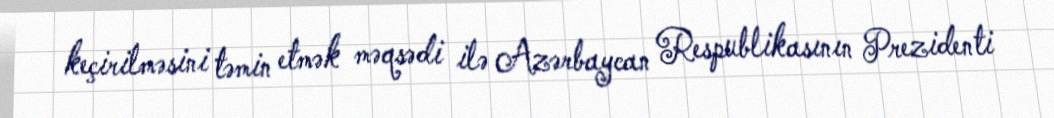
keçirilməsini təmin etmək məqsədi ilə Azərbaycan Respublikasının Prezidenti